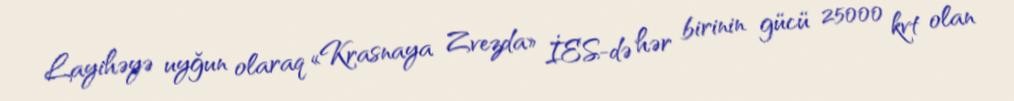
Layihəyə uyğun olaraq «Krasnaya Zvezda» İES-də hər birinin gücü 25000 kvt olan